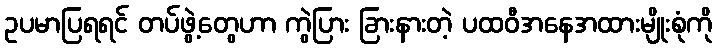
ဥပမာပြရရင် တပ်ဖွဲ့တွေဟာ ကွဲပြား ခြားနားတဲ့ ပထဝီအနေအထားမျိုးစုံကို